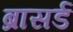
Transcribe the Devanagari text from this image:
ब्रासर्ड